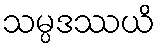
သမ္ပဒဿယိ